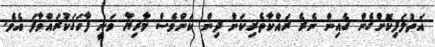
އަތުލަފިކޮށްގެން ގެއިން ނެރެ ރައްކާތެރިކަން ދިން ކަންވެސް މާރިޔާ ވަނީ ފާހަގަކުރައްވާފަ އެވެ.